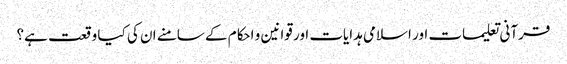
قرآنی تعلیمات اور اسلامی ہدایات اور قوانین و احکام کے سامنے ان کی کیا وقعت ہے؟